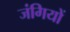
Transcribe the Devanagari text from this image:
जंगियों